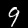
Digit: 9